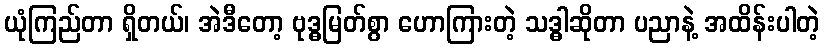
ယုံကြည်တာ ရှိတယ်၊ အဲဒီတော့ ဗုဒ္ဓမြတ်စွာ ဟောကြားတဲ့ သဒ္ဓါဆိုတာ ပညာနဲ့ အထိန်းပါတဲ့